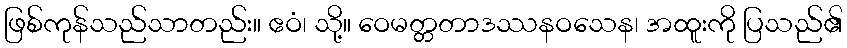
ဖြစ်ကုန်သည်သာတည်း။ ဧဝံ၊ သို့။ ဝေမတ္တတာဒဿနဝသေန၊ အထူးကို ပြသည်၏